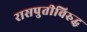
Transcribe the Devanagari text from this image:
रासपुतीविरुद्ध